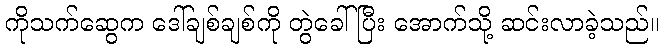
ကိုသက်ဆွေက ဒေါ်ချစ်ချစ်ကို တွဲခေါ်ပြီး အောက်သို့ ဆင်းလာခဲ့သည်။